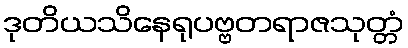
ဒုတိယသိနေရုပဗ္ဗတရာဇသုတ္တံ